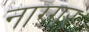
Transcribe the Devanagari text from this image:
नाग्गर